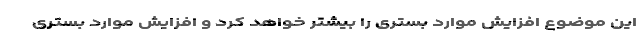
این موضوع افزایش موارد بستری را بیشتر خواهد کرد و افزایش موارد بستری